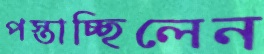
পস্তাচ্ছিলেন